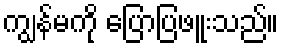
ကျွန်မကို ပြောပြဖူးသည်။